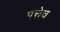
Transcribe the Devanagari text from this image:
पत्तेच